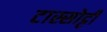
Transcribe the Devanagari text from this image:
टास्सोट्टी